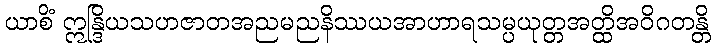
ယာစိံ ဣန္ဒြိယသဟဇာတအညမညနိဿယအာဟာရသမ္ပယုတ္တအတ္ထိအဝိဂတန္တိ